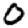
Digit: 0